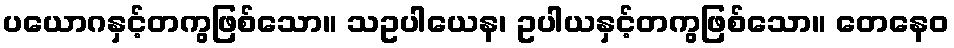
ပယောဂနှင့်တကွဖြစ်သော။ သဥပါယေန၊ ဥပါယနှင့်တကွဖြစ်သော။ တေနေဝ